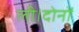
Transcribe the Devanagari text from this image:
ली।दोनों